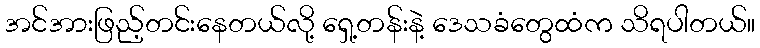
အင်အားဖြည့်တင်းနေတယ်လို့ ရှေ့တန်းနဲ့ ဒေသခံတွေထံက သိရပါတယ်။